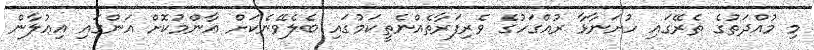
މި މުއްދަތުގެ ތެރޭގައި ހުށަނާޅާ ރުއްގަހުގެ ވެރިފަރާތެއްނެތީކަމުގައި ބެލެވޭނެކަށް ޢާންމުކޮށް އަންގައި އިޢުލާން